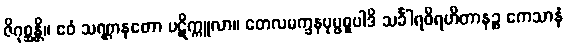
ဇိဂုစ္ဆန္တိ။ ဧဝံ သဏ္ဌာနတော ပဋိက္ကူလာ။ တေလမက္ခနပုပ္ဖဓူပါဒိ သင်္ခါရဝိရဟိတာနဉ္စ ကေသာနံ